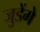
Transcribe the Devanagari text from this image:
जुडेंगे